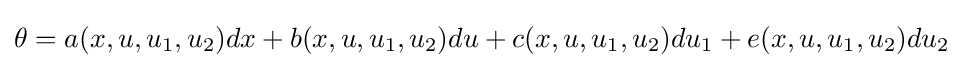
\theta =a(x,u,u_{1},u_{2})dx+b(x,u,u_{1},u_{2})du+c(x,u,u_{1},u_{2})du_{1}+e(x,u,u_{1},u_{2})du_{2}